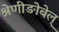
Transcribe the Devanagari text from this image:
श्रेणीङोबेल्